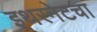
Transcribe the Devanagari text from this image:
इथरनेटचा